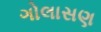
ગોલાસણ